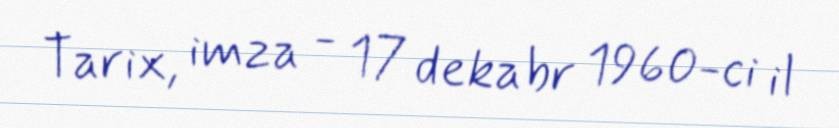
Tarix, imza - 17 dekabr 1960-ci il